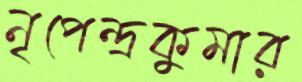
নৃপেন্দ্রকুমার